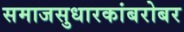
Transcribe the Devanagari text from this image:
समाजसुधारकांबरोबर